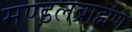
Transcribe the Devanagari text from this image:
मण्डलब्राह्मण